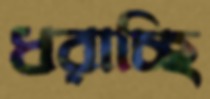
ধরাচ্ছি